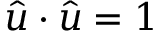
{ \hat { u } } \cdot { \hat { u } } = 1